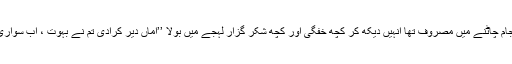
رکشے والا پلیٹ میں چمٹا ہوا جام چاٹنے میں مصروف تھا انہیں دیکھ کر کچھ خفگی اور کچھ شکر گزار لہجے میں بولا ’’امّاں دیر کرادی تم نے بہوت ، اب سواری بھی ملے کہ نہیں اس ٹیم پر ۔